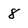
Character: 8